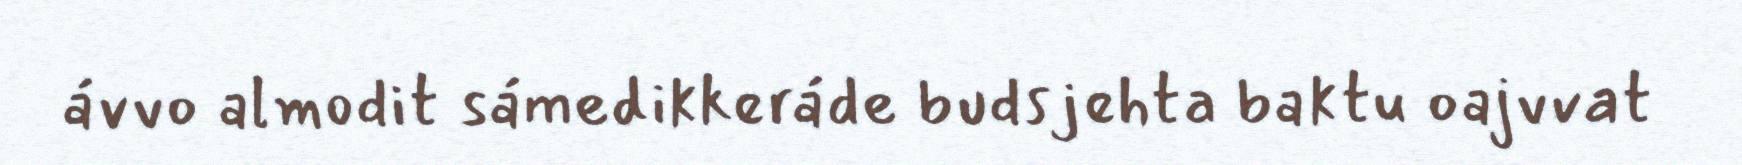
ávvo almodit sámedikkeráde budsjehta baktu oajvvat